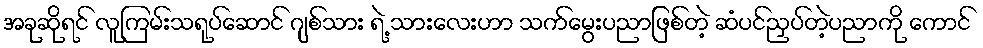
အခုဆိုရင် လူကြမ်းသရုပ်ဆောင် ဂျစ်သား ရဲ့ သားလေးဟာ သက်မွေးပညာဖြစ်တဲ့ ဆံပင်ညှပ်တဲ့ပညာကို ကောင်